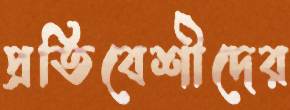
প্রতিবেশীদের